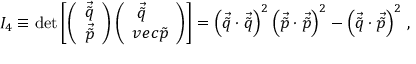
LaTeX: I _ { 4 } \equiv \operatorname * { d e t } \left[ \left( \begin{array} { c } { { \vec { \tilde { q } } } } \\ { { \vec { \tilde { p } } } } \end{array} \right) \left( \begin{array} { c c } { { \vec { \tilde { q } } \ \ \ } } \\ { { v e c { \tilde { p } } } } \end{array} \right) \right] = \left( \vec { \tilde { q } } \cdot \vec { \tilde { q } } \right) ^ { 2 } \left( \vec { \tilde { p } } \cdot \vec { \tilde { p } } \right) ^ { 2 } - \left( \vec { \tilde { q } } \cdot \vec { \tilde { p } } \right) ^ { 2 } \, ,